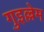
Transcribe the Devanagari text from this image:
गुइल्लेम